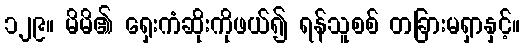
၁၂၉။ မိမိ၏ ရှေးကံဆိုးကိုဖယ်၍ ရန်သူစစ် တခြားမရှာနှင့်။